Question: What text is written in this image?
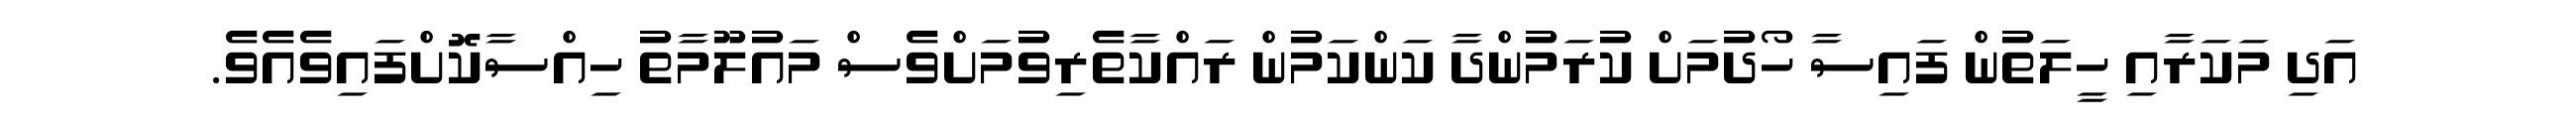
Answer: އަދި މަކަރާއި ހީލަތުން ފައިސާ ހޯދުމަށް ކުރަމުންދާ ކަންކަމުން ރައްކާތެރިވުމަށްވެސް މައުލޫމާތު ހިއްސާކޮށްފައިވެއެވެ.